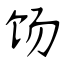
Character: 饧